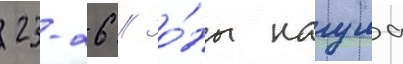
23-26 // Зо́ны нагула